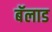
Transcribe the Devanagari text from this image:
बॅलाड